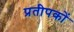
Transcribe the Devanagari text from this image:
प्रतीपकों